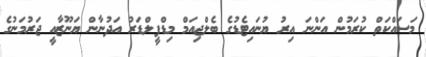
މަސައްކަތް ކުރަމުން އަންނަ އިރު ޔުނައިޓެޑުގެ ބެލްޖިއަމް މިޑްފީލްޑަރު އަދުނާން ޔަނޫޒާއީ ޖަރުމަނުގެ